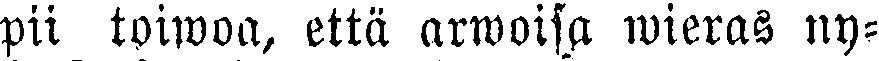
pii toiwoa, etta arwoisa wieras ny-